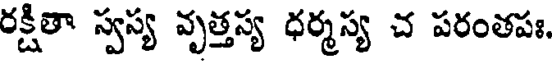
రక్షితా స్వస్య వృత్తస్య ధర్మస్య చ పరంతపః,